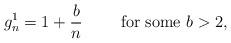
LaTeX: \begin{align*} g_n^1=1+\frac{b}{n}\qquad\mbox{ for some }b>2, \end{align*}